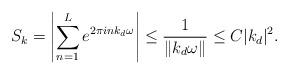
LaTeX: \begin{align*}S_{k}=\left|\sum_{n=1}^{L}e^{2\pi ink_d\omega}\right|\leq\frac{1}{\| k_d\omega\|}\leq C| k_d|^{2}.\end{align*}